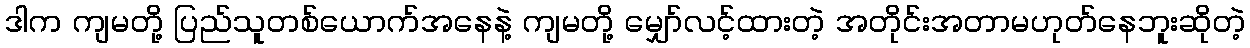
ဒါက ကျမတို့ ပြည်သူတစ်ယောက်အနေနဲ့ ကျမတို့ မျှော်လင့်ထားတဲ့ အတိုင်းအတာမဟုတ်နေဘူးဆိုတဲ့